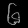
Digit: ၆